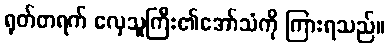
ရုတ်တရက် လှေသူကြီး၏အော်သံကို ကြားရသည်။